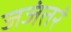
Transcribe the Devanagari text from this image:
जजंतरं